Indian journal of veterinary science and animal husbandry - Volumes 24-25, 1954-1955
Year: 1954
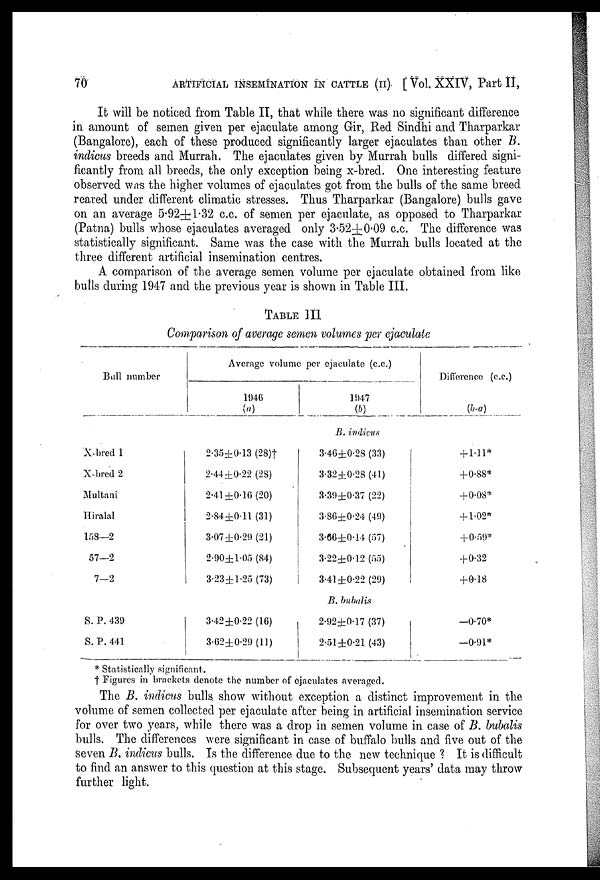
70
ARTIFICIAL INSEMINATION IN CATTLE (II) [ Vol. XXIV, Part II,
It will be noticed from Table II, that while there was no significant difference
in amount of semen given per ejaculate among Gir, Red Sindhi and Tharparkar
(Bangalore), each of these produced significantly larger ejaculates than other B.
indicus breeds and Murrah. The ejaculates given by Murrah bulls differed signi-
ficantly from all breeds, the only exception being x-bred. One interesting feature
observed was the higher volumes of ejaculates got from the bulls of the same breed
reared under different climatic stresses. Thus Tharparkar (Bangalore) bulls gave
on an average 5.92±1.32 c.c. of semen per ejaculate, as opposed to Tharparkar
(Patna) bulls whose ejaculates averaged only 3.52±0.09 c.c. The difference was
statistically significant. Same was the case with the Murrah bulls located at the
three different artificial insemination centres.
A comparison of the average semen volume per ejaculate obtained from like
bulls during 1947 and the previous year is shown in Table III.
TABLE III Comparison of average semen volumes per ejacula
Average volume per ejaculate (c.c.)
Bull number
1946
(a)
1947 (b)
Difference (c.c.)
(b-a)
B. indicus
X-bred 1
X-bred 2
Multani
Hiralal
158—2
57—2
7—2
2.35±0.13 (28)†
2.44±0.22 (28)
2.41 ±0.16 (20)
2.84±0.11 (31)
3.07 ±0.29 (21)
2.90±l.05 (84)
3.23±1.25 (73)
3.46±0.28 (33)
3.32±0.28 (41)
3.39±0.37 (22)
3.86±0.24 (49)
3.66±0.14 (57)
3.22±0.12 (55)
3.41 ±0.22 (29)
+ 1.11*
+0.88*
+0.08*
+ 1.02*
+0.59*
+ 0.32
+0.18
B. bubalis
S. P. 439
S. P. 441
3.42±0.22 (16)
3.62±0.29(ll)
2.92±0.17 (37)
2.51 ±0.21 (43)
—0.70*
—0.91*
* Statistically significant.
† Figures in brackets denote the number of ejaculates averaged.
The B. indicus bulls show without exception a distinct improvement in the
volume of semen collected per ejaculate after being in artificial insemination service
for over two years, while there was a drop in semen volume in case of B. bubalis
bulls. The differences were significant in case of buffalo bulls and five out of the
seven B. indicus bulls. Is the difference due to the new technique ? It is difficult
to find an answer to this question at this stage. Subsequent years' data may throw
further light.